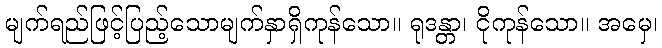
မျက်ရည်ဖြင့်ပြည့်သောမျက်နှာရှိကုန်သော။ ရုဒန္တာ၊ ငိုကုန်သော။ အမှေ၊